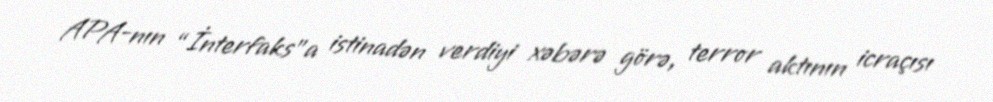
APA-nın “İnterfaks"a istinadən verdiyi xəbərə görə, terror aktının icraçısı